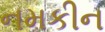
નમકીન